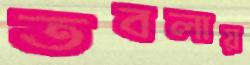
তবলায়